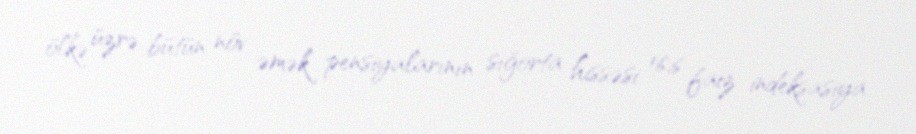
ölkə üzrə bütün növ əmək pensiyalarının sığorta hissəsi 16,6 faiz indeksasiya